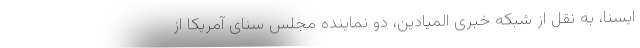
ایسنا، به نقل از شبکه خبری المیادین، دو نماینده مجلس سنای آمریکا از